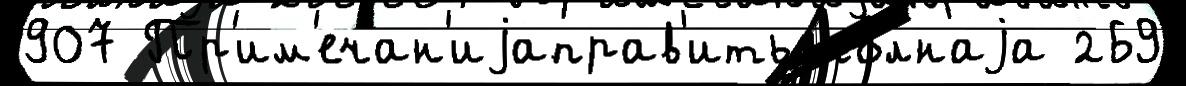
907 Пр'им'ечан'иjаправ'ить по́лнаjа 269